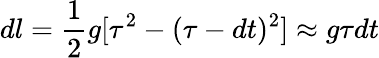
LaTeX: dl=\frac{1}{2}g[\tau^{2}-(\tau-dt)^{2}]\approx g\tau dt